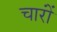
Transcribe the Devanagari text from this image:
चारोंं